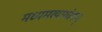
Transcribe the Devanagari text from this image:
मध्यमव्यायोगम्